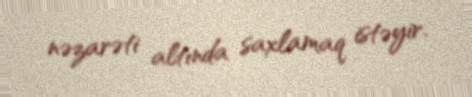
nəzarəti altında saxlamaq istəyir.